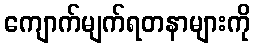
ကျောက်မျက်ရတနာများကို